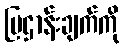
ပြဌာန်းချက်ကို